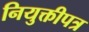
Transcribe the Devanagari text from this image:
नियुक्तीपत्र